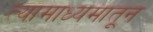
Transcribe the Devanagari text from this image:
त्यामाध्यमातून